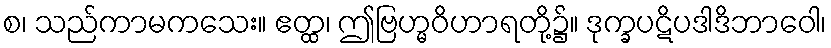
စ၊ သည်ကာမကသေး။ ဧတ္ထ၊ ဤဗြဟ္မဝိဟာရတို့၌။ ဒုက္ခပဋိပဒါဒိဘာဝေါ၊